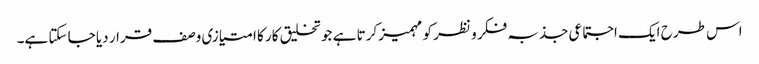
اس طرح ایک اجتماعی جذبہ فکر و نظر کو مہمیز کرتا ہے جو تخلیق کار کا امتیازی وصف قرار دیا جا سکتا ہے۔